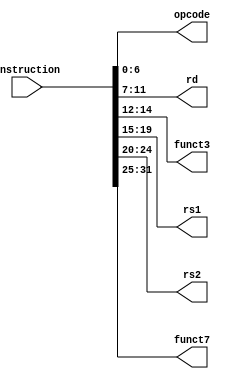
`timescale 1ns / 1ps
//////////////////////////////////////////////////////////////////////////////////
// Company: 
// Engineer: 
// 
// Design Name: 
// Module Name: InsParser
// Project Name: 
// Target Devices: 
// Tool Versions: 
// Description: 
// 
// Dependencies: 
// 
// Revision:
// Revision 0.01 - File Created
// Additional Comments:
// 
//////////////////////////////////////////////////////////////////////////////////


module InsParser
(
	input [31:0] instruction,
	output [6:0] opcode,
	output [4:0] rd,
	output [2:0] funct3,
	output [4:0] rs1,
	output [4:0] rs2,
	output [6:0] funct7
	
);

assign opcode 	= instruction [6:0];
assign rd 		= instruction [11:7];
assign funct3 	= instruction [14:12];
assign rs1		= instruction [19:15];
assign rs2		= instruction [24:20];
assign funct7	= instruction [31:25];

endmodule